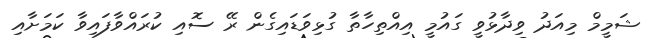
ޝަމީމް މިއަދު ވިދާޅުވީ ގައުމީ އިއްތިހާތާ ގުޅިވަޑައިގެން ރޭ ސޮއި ކުރައްވާފައިވާ ކަމަށާއި